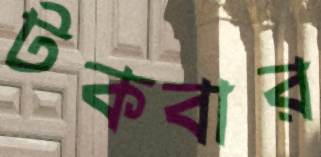
টকবার